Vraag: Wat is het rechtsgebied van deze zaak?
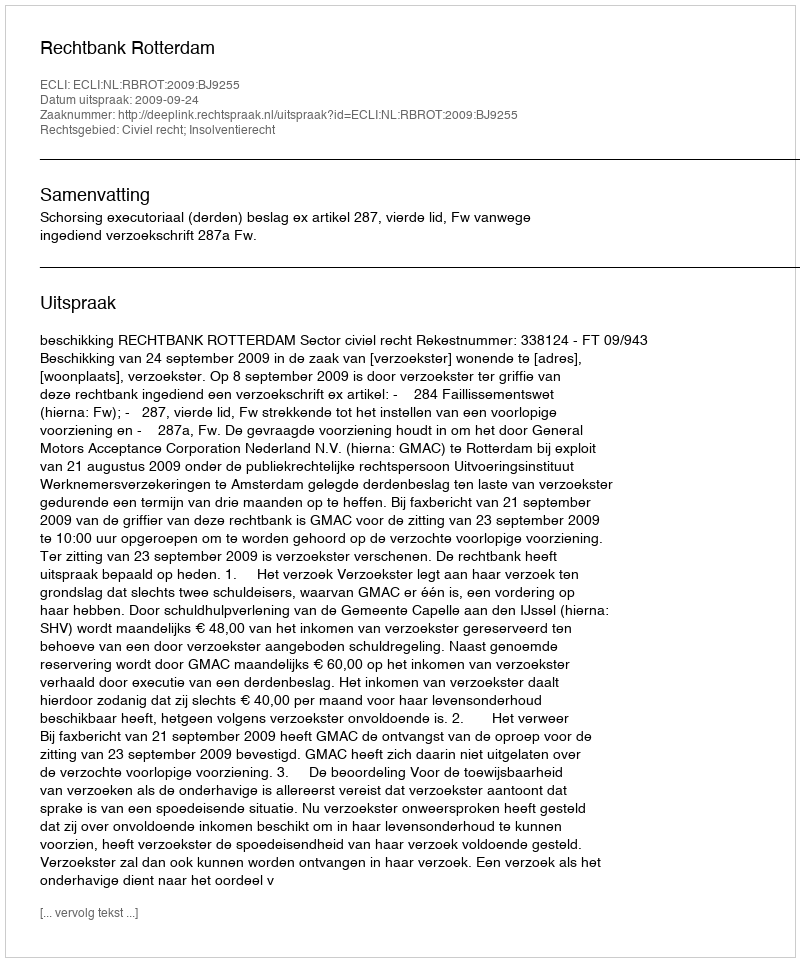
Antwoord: Civiel recht; Insolventierecht